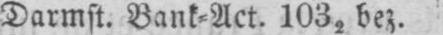
Darmst. Bank⸗Act. 1032 bez.